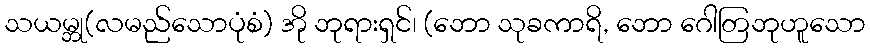
သယမ္ဘု(လမည်သောပုံစံ) အို ဘုရားရှင်၊ (ဘော သုခကာရိ, ဘော ဂေါတြဘုဟူသော